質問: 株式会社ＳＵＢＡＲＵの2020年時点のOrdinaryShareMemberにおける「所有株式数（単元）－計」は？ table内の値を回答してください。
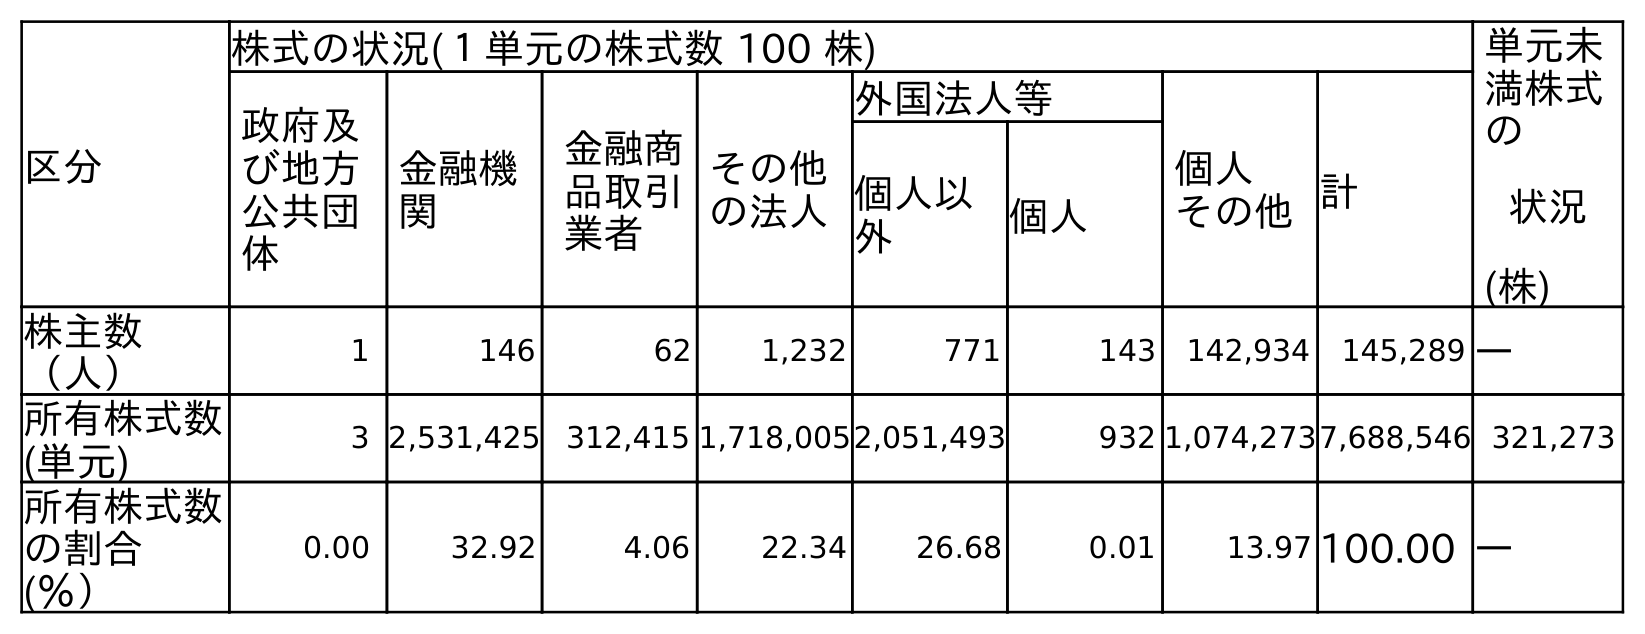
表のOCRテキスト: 区分 株式の状況(１単元の株式数 100 株) 単元未 満株式 の 状況 (株) 政府及 び地方 公共団 体 金融機 関 金融商 品取引 業者 その他 の法人 外国法人等 個人 その他計 個人以 外 個人 株主数 （人） 1 146 62 1,232 771 143 142,934 145,289 ― 所有株式数 (単元) 3 2,531,425 312,415 1,718,0052,051,493 932 1,074,2737,688,546 321,273 所有株式数 の割合 (％） 0.00 32.92 4.06 22.34 26.68 0.01 13.97 100.00 ―
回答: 7,688,546